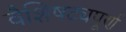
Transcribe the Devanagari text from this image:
वैशिषट्यपूर्ण